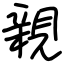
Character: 親